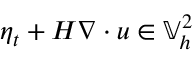
\eta _ { t } + H \nabla \cdot u \in \mathbb { V } _ { h } ^ { 2 }